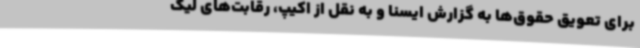
برای تعویق حقوق‌ها به گزارش ایسنا و به نقل از اکیپ، رقابت‌های لیگ